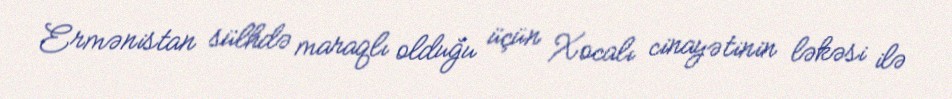
Ermənistan sülhdə maraqlı olduğu üçün Xocalı cinayətinin ləkəsi ilə